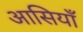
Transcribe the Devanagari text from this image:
आसियाँ